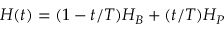
H ( t ) = ( 1 - t / T ) H _ { B } + ( t / T ) H _ { P }